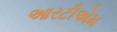
આરટીએમ